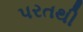
પરતથી